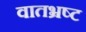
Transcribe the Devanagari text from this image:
वातभ्रष्ट